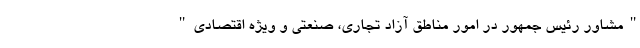
"مشاور رئیس جمهور در امور مناطق آزاد تجاری، صنعتی و ویژه اقتصادی"